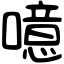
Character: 噫